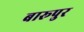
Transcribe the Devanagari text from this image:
बारूपुर